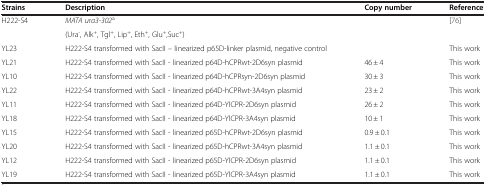
| Strains | Description | Copy number | Reference |
 | --- | --- | --- | --- |
 | H222-S4 | MATA ura3-302a |  | <ROWSPAN=2> [76] |
 |  | (Ura-, Alk+, Tgl+, Lip+, Eth+, Glu+,Suc+) |  |
 | YL23 | H222-S4 transformed with SacII – linearized p65D-linker plasmid, negative control |  | This work |
 | YL21 | H222-S4 transformed with SacII - linearized p64D-hCPRwt-2D6syn plasmid | 46 ± 4 | This work |
 | YL10 | H222-S4 transformed with SacII - linearized p64D-hCPRsyn-2D6syn plasmid | 30 ± 3 | This work |
 | YL22 | H222-S4 transformed with SacII - linearized p64D-hCPRwt-3A4syn plasmid | 23 ± 2 | This work |
 | YL11 | H222-S4 transformed with SacII - linearized p64D-YlCPR-2D6syn plasmid | 26 ± 2 | This work |
 | YL18 | H222-S4 transformed with SacII - linearized p64D-YlCPR-3A4syn plasmid | 10 ± 1 | This work |
 | YL15 | H222-S4 transformed with SacII - linearized p65D-hCPRwt-2D6syn plasmid | 0.9 ± 0.1 | This work |
 | YL20 | H222-S4 transformed with SacII - linearized p65D-hCPRwt-3A4syn plasmid | 1.1 ± 0.1 | This work |
 | YL12 | H222-S4 transformed with SacII - linearized p65D-YlCPR-2D6syn plasmid | 1.1 ± 0.1 | This work |
 | YL19 | H222-S4 transformed with SacII - linearized p65D-YlCPR-3A4syn plasmid | 1.1 ± 0.1 | This work |